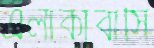
এলাকাবাসি